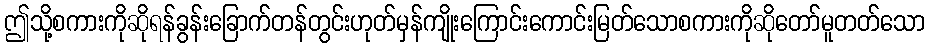
ဤသို့စကားကိုဆိုရန်ခွန်းခြောက်တန်တွင်းဟုတ်မှန်ကျိုးကြောင်းကောင်းမြတ်သောစကားကိုဆိုတော်မူတတ်သော